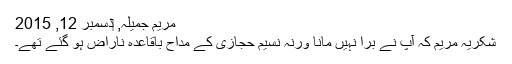
مریم جمیلہ, ‏دسمبر 12, 2015
شکریہ مریم کہ آپ نے برا نہیں مانا ورنہ نسیم حجازی کے مداح باقاعدہ ناراض ہو گئے تھے۔